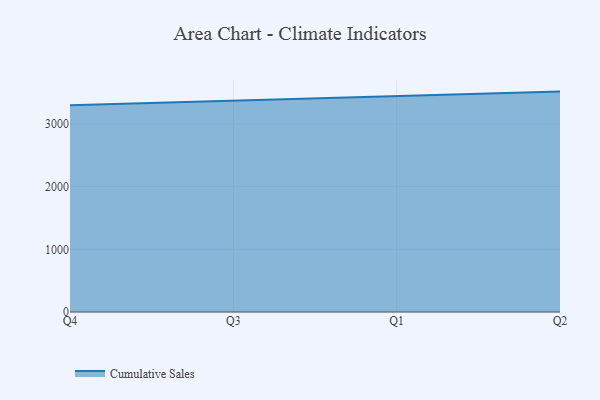
{"axis": {"x": "Quarter", "y": "Headcount"}, "legend": ["Cumulative Sales"], "data": [{"x": "Q4", "y": 3296.8, "type": "Cumulative Sales"}, {"x": "Q3", "y": 3371.1, "type": "Cumulative Sales"}, {"x": "Q1", "y": 3434.3, "type": "Cumulative Sales"}, {"x": "Q2", "y": 3515.6, "type": "Cumulative Sales"}]}